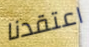
اعتقدنا